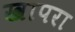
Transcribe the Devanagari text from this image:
खापरा